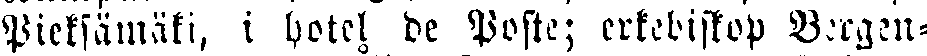
Pieksämäki, i hotel de Poste; erkebiskop Bergen-